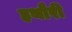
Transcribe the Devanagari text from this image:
हथौरी